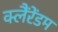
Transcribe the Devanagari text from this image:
क्लैंरेंडम